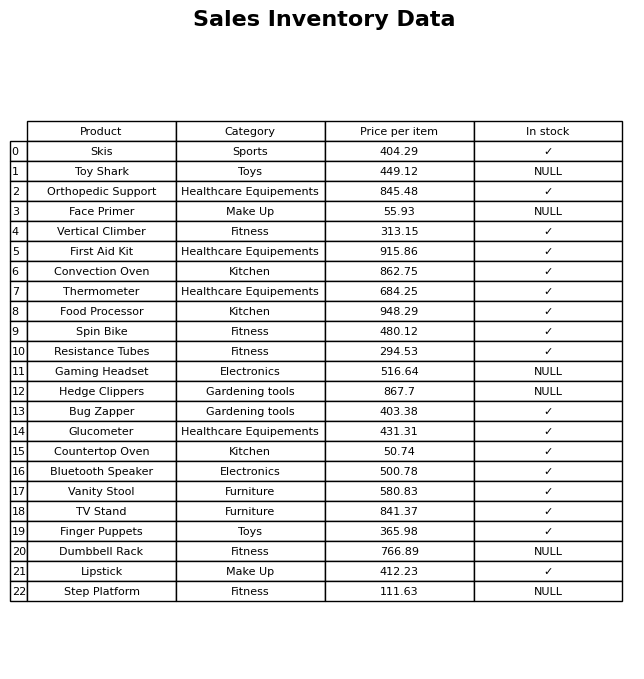
question: What is the price of the Toy Shark?
answer: The price of Toy Shark is 449.12.